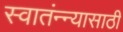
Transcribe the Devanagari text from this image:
स्वातंन्न्यासाठी